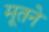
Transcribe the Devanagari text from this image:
मूतने